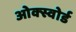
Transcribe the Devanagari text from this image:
ओक्स्वोर्ड